Laane_maakonnavalitsus, lk 7
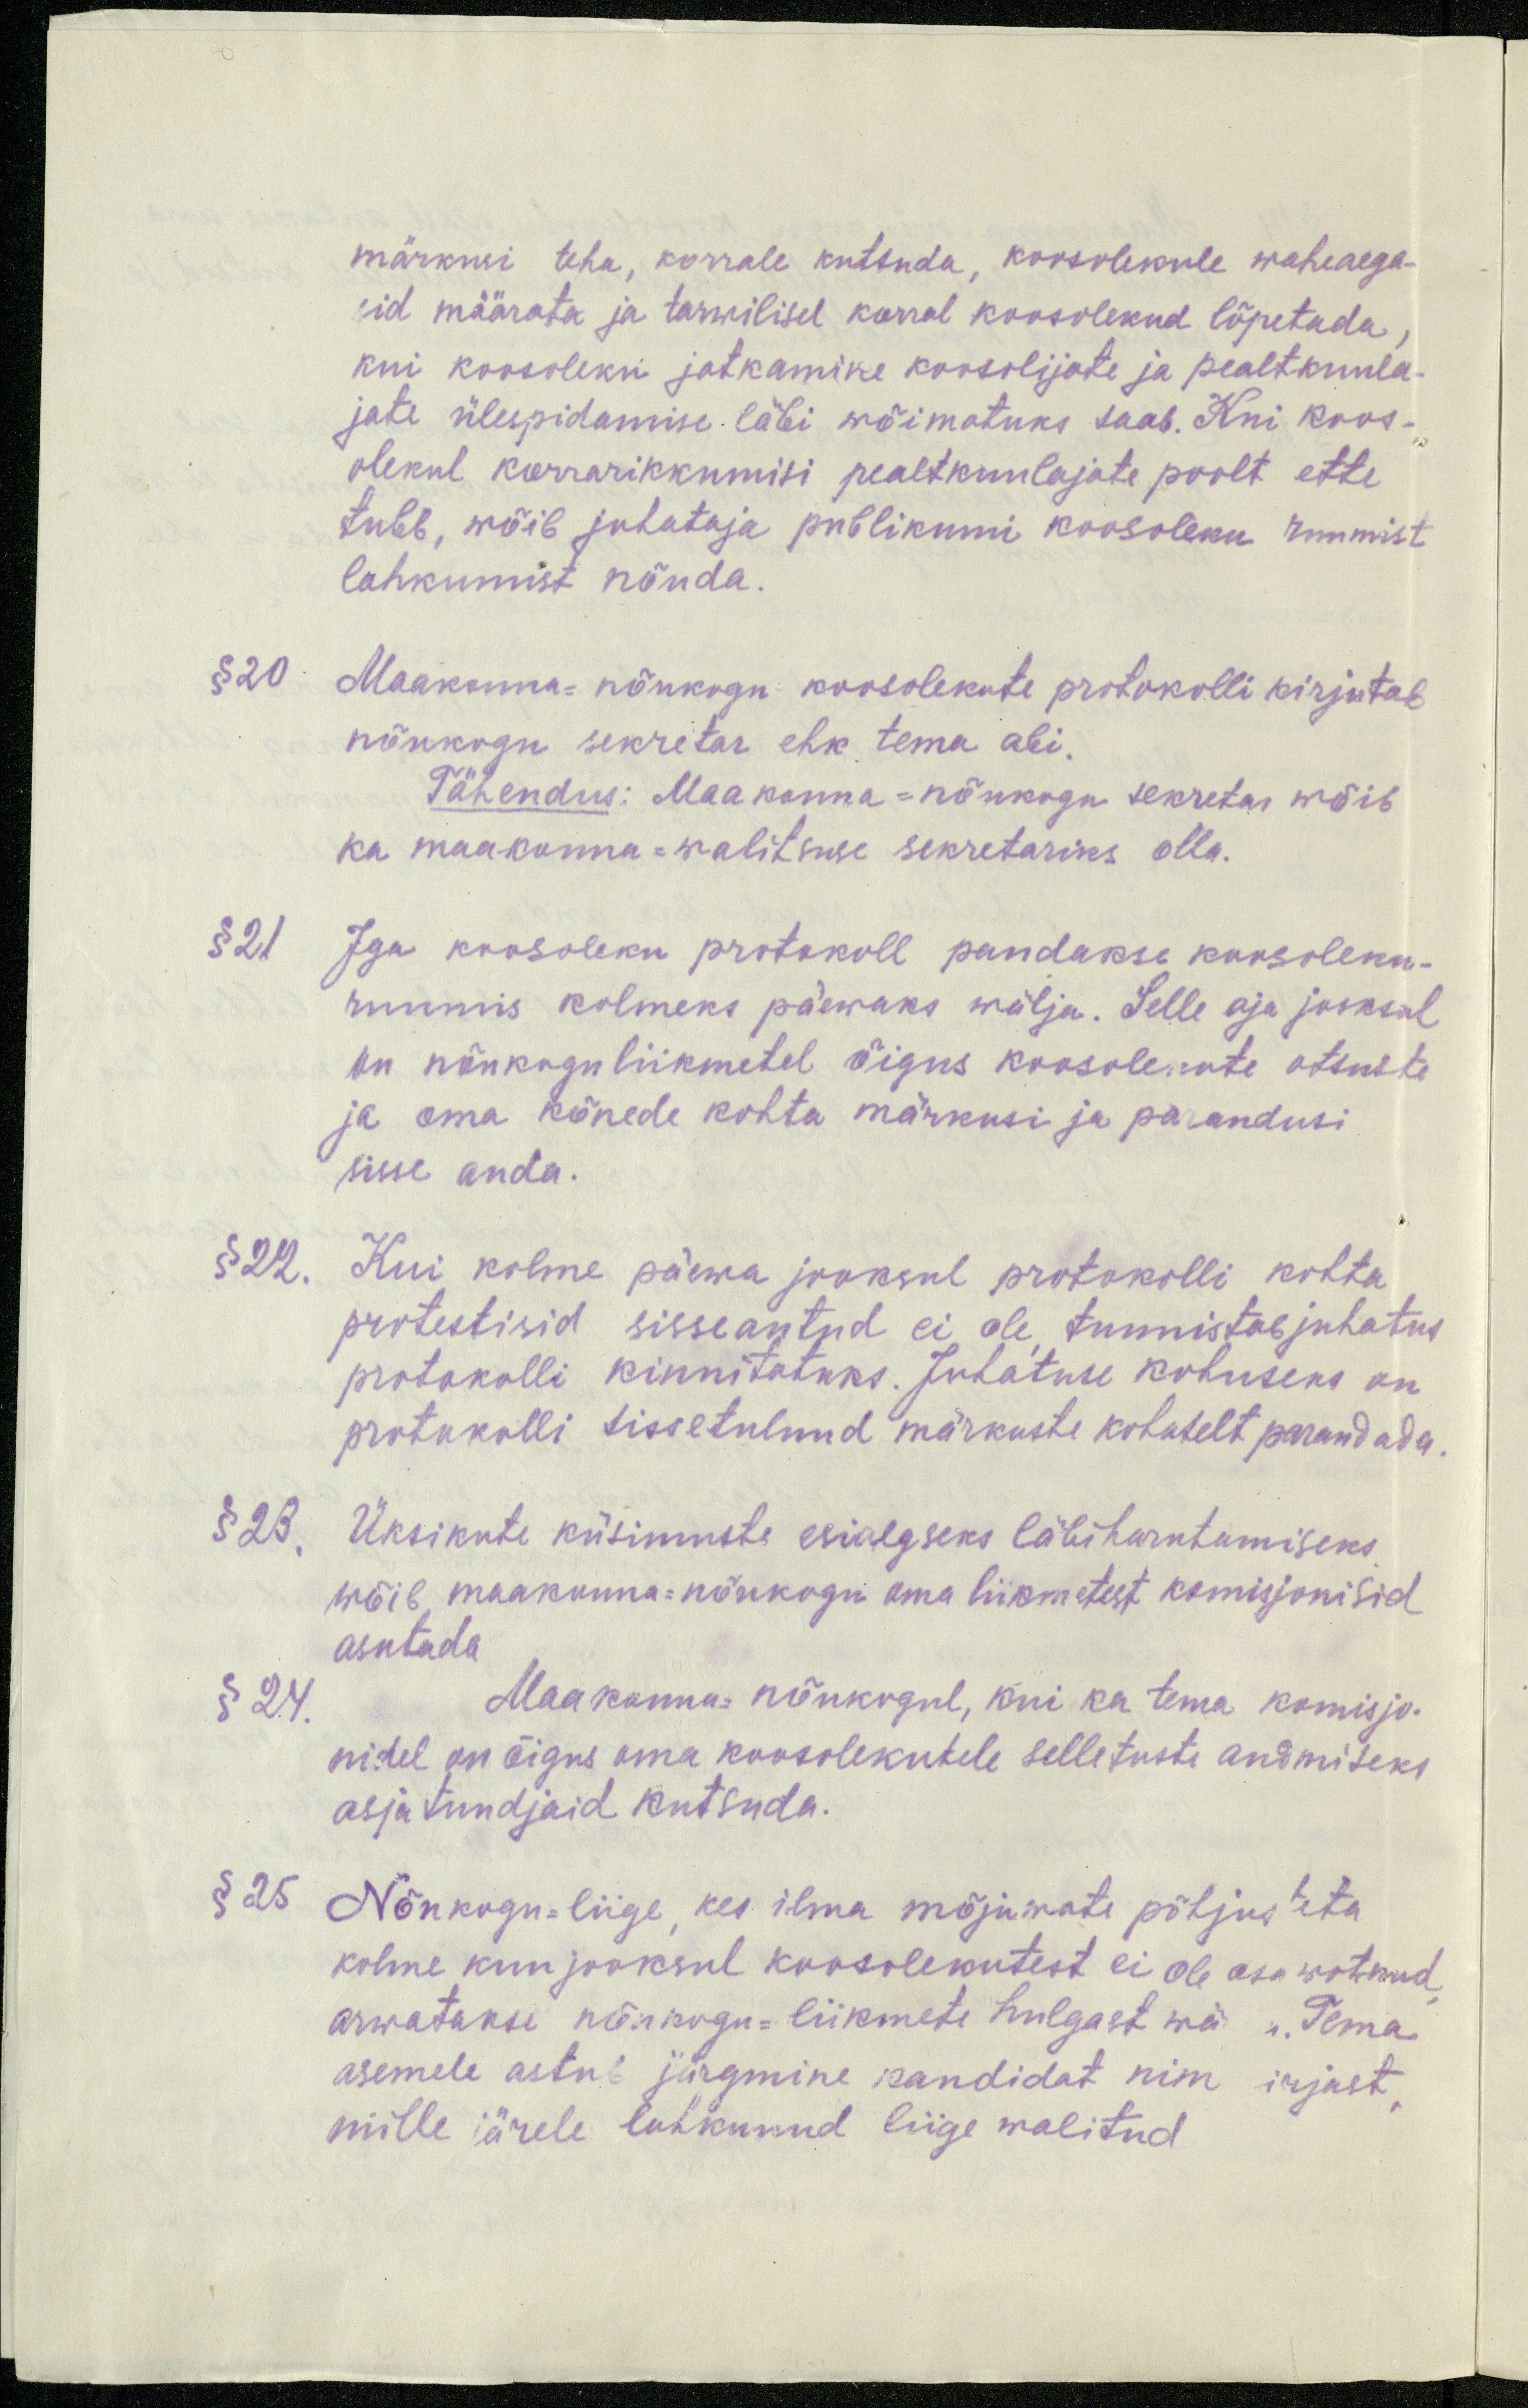
märkusi teha, korrale kutsuda, koosolekule waheaega-
sid määrata ja tarwilisel korral koosolekud lõpetada.
kui koosoleku jatkamine koosoljate ja pealtkuula-
jate ülespidamise läbi wõimatuks saab. Kui koos-
olekul korrarikkumisi pealtkuulajate poolt ette
tuleb, wõib juhataja publikumi koosoleku ruumist
lahkumist nõuda.
§ 20 Maakonna-nõukogu koosolekute protokolli kirjutab
nõukogu sekretar ehk tema abi.
Tähendus: Maakonna-nõukogu sekretas wõib
ka maakonna-walitsuse sekretariks olla.
§ 21. Iga koosoleku protokoll pandakse koosoleku-
ruumis kolmeks päewaks wälja. Selle aja jooksul
on nõukogul iikmetel õigus koosolekute otsuste
ja oma kõnede kohta märkusi ja parandusi
sisse anda.
§ 22. Kui kolme päewa jooksul protokolli kohta
protestisid sisseantud ei ole tunnistab juhatus
protokolli kinnitatuks. Juhatuse kohuseks on
protokolli sissetulnud märkuste kohutelt parandada.
§ 23. Üksikute küsimuste esialgseks läbiharutamiseks
wõib maakonna-nõukogu oma liikmetest komisjonisid
asutada.
§ 24.
Maakonna nõukogul, kui ka tema komisjo.
nidel on õigus oma koosolekutele selletuste andmiseks
asjatundjaid kutsuda.
§ 25.
Nõukogu-liige, kes ilma mõjumata põhjusteta
kolme kuu jooksul koosolekutest ei ole osa wõtnud,
arwatakse nõukogu-liikmete hulgast wä: Tema
asemele astub järgmine kandidat nim irjast
mille järele lahkunud liige walitud